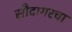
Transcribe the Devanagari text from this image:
सौदागरचा